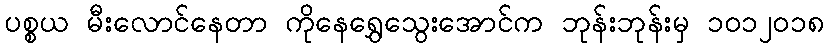
ပစ္စယ မီးလောင်နေတာ ကိုနေရွှေသွေးအောင်က ဘုန်းဘုန်းမှ ၁၀၁၂၀၁၈